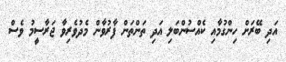
އަދި ބޭރަށް ހިންގުމާއި ކެއްސުންބަލި އަދި ތަންތަން ފާރުވާން މެދުވެރިވާާ ޖަރާސީމު ވެސް